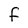
Character: F